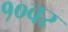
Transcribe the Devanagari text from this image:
१०वर